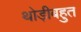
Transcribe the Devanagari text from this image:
थोड़ीबहुत